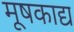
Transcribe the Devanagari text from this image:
मूषकाद्य